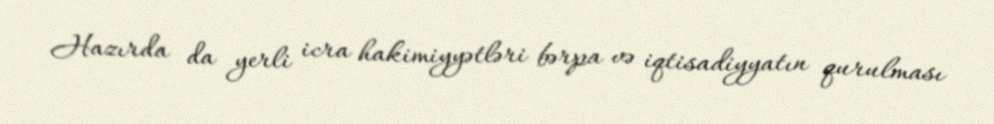
Hazırda da yerli icra hakimiyyətləri bərpa və iqtisadiyyatın qurulması